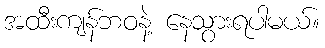
အထီးကျန်ဘဝနဲ့ နေသွားရပါမယ်။